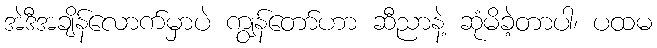
အဲဒီအချိန်လောက်မှာပဲ ကျွန်တော်ဟာ ဆီညာနဲ့ ဆုံမိခဲ့တာပါ၊ ပထမ